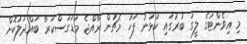
މި އިވެންޓުގެ ލީގު ބުރުގައި ކުޅުނު ފަހު މެޗުން ރާއްޖެ މަޑަގަސްކަރާ ބައްދަލުކޮށް